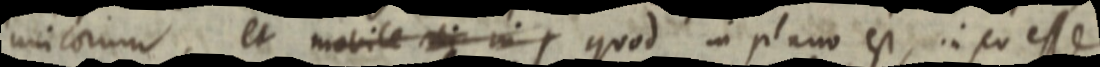
unicorum, et mobile _ in quod in plano est, in eo esse